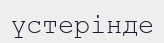
үстерінде